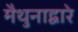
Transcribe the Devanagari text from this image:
मैथुनाद्वारे